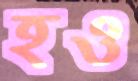
হও